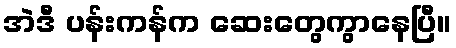
အဲဒီ ပန်းကန်က ဆေးတွေကွာနေပြီ။